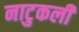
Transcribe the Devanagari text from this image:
नाटुकली